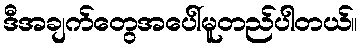
ဒီအချက်တွေအပေါ်မူတည်ပါတယ်။